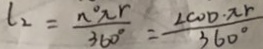
l _ { 2 } = \frac { n ^ { \circ } \pi r } { 3 6 0 ^ { \circ } } = \frac { \angle C O D \cdot \pi r } { 3 6 0 ^ { \circ } }